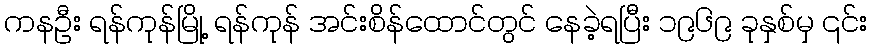
ကနဦး ရန်ကုန်မြို့ ရန်ကုန် အင်းစိန်ထောင်တွင် နေခဲ့ရပြီး ၁၉၆၉ ခုနှစ်မှ ၎င်း